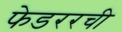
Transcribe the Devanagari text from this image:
फेडररची